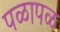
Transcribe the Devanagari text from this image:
पळापळ